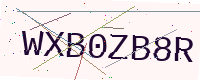
Text: WXB0ZB8R